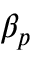
\beta _ { p }